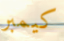
كيمبر